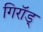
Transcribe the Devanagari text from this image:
गिरॉड्